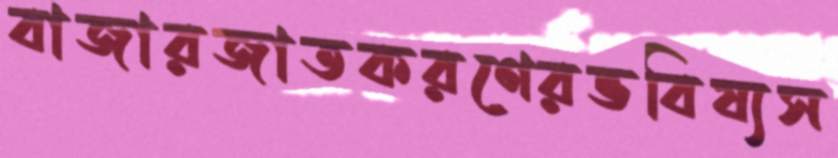
বাজারজাতকরণেরভবিষ্যস